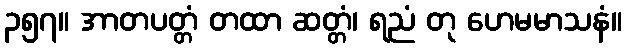
၃၅၇။ အာတပတ္တံ တထာ ဆတ္တံ၊ ရညံ တု ဟေမမာသနံ။